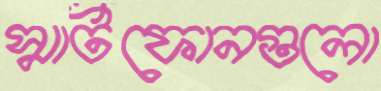
স্মার্টফোনগুলো